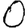
Digit: 0